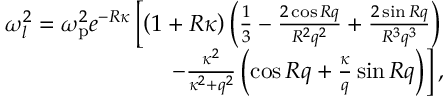
\begin{array} { r } { \omega _ { l } ^ { 2 } = \omega _ { \mathrm { p } } ^ { 2 } e ^ { - R \kappa } \left[ \left( 1 + R \kappa \right) \left( \frac { 1 } { 3 } - \frac { 2 \cos R q } { R ^ { 2 } q ^ { 2 } } + \frac { 2 \sin R q } { R ^ { 3 } q ^ { 3 } } \right) \right. } \\ { \left. - \frac { \kappa ^ { 2 } } { \kappa ^ { 2 } + q ^ { 2 } } \left( \cos R q + \frac { \kappa } { q } \sin R q \right) \right] , } \end{array}